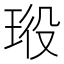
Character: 𤥞